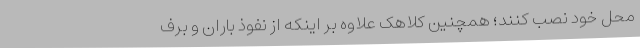
محل خود نصب کنند؛ همچنین کلاهک علاوه بر اینکه از نفوذ باران و برف